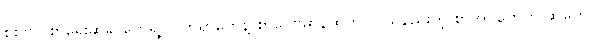
စစ်ဗိုလ်စာရေးဆရာတွေရဲ့ လက်ရာတွေနဲ့ စာပေဗိမာန်ထုတ် လူသိနည်းတဲ့ စာအုပ်တွေကို ဆုတွေ